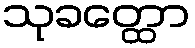
သုခတ္ထော